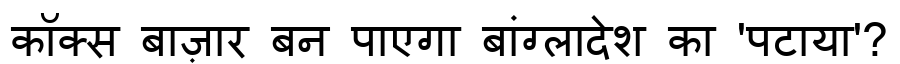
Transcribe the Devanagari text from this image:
कॉक्स बाज़ार बन पाएगा बांग्लादेश का 'पटाया'?